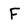
Character: F